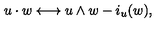
u \cdot w \longleftrightarrow u \wedge w - i _ { u } ( w ) ,